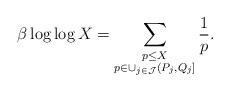
LaTeX: \begin{align*}\beta \log \log X = \sum_{\substack{p \leq X \\ p \in \cup_{j \in \mathcal{J}} (P_j, Q_j]}} \frac{1}{p}.\end{align*}